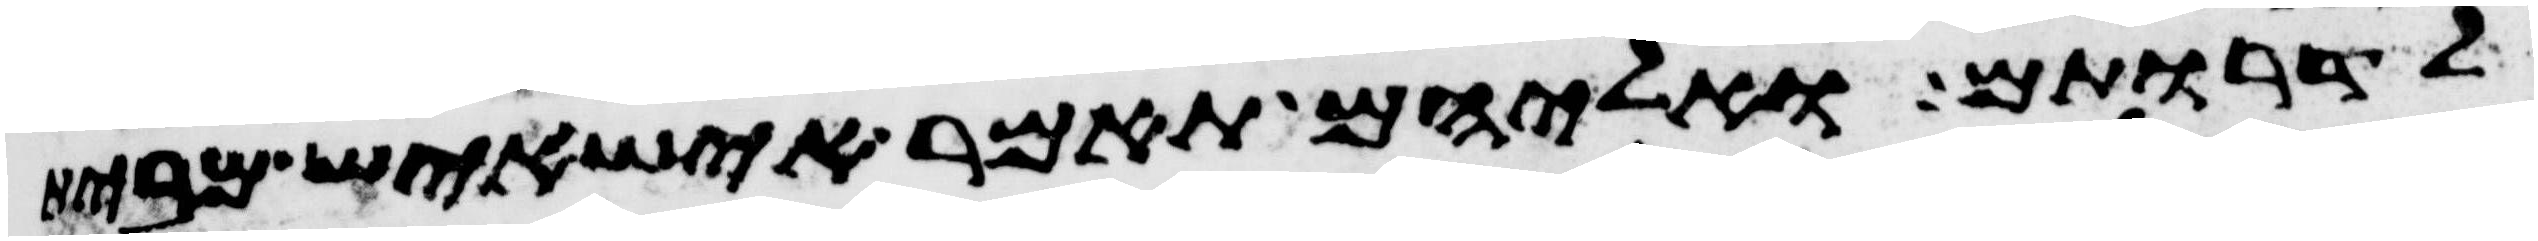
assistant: לדרותם ואליהם תאמר איש איש מבית